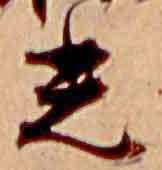
光